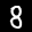
Label: 8